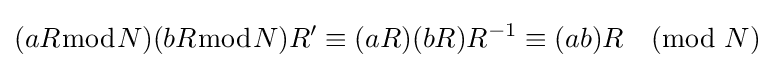
(aR{\bmod {N}})(bR{\bmod {N}})R'\equiv (aR)(bR)R^{-1}\equiv (ab)R{\pmod {N}}